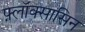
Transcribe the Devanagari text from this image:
फ़्लॉक्सासिन